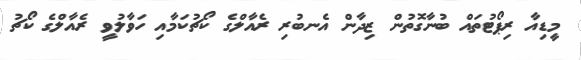
މީޑިއާ ރިޕޯޓުތައް ބުނާގޮތުން ޒިދާން އެނބުރި ރެއާލްގެ ކޯޗުކަމާއި ހަވާލުވީ ރެއާލްގެ ކޯޗު